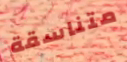
متناسقة